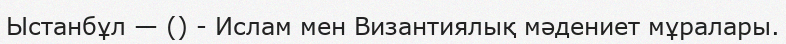
Ыстанбұл — () - Ислам мен Византиялық мәдениет мұралары.